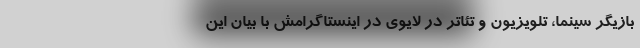
بازیگر سینما، تلویزیون و تئاتر در لایوی در اینستاگرامش با بیان این